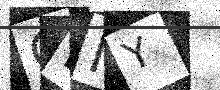
Text: OKNY